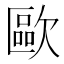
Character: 歐